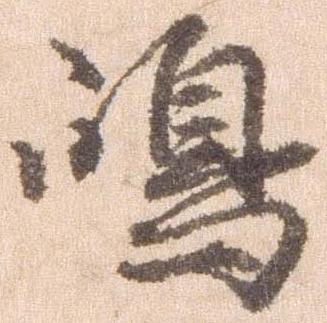
島